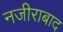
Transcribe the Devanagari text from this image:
नजीराबाद